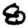
Digit: 8